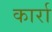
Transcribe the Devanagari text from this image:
कार्रा